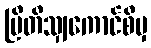
ဗြိတိသျှကောင်စီမှ